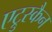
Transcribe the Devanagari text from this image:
एट्रुस्कैन